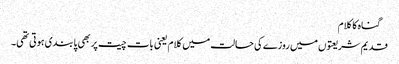
 گناہ کا کلام
قدیم شریعتوں میں روزے کی حالت میں کلام یعنی بات چیت پر بھی پابندی ہوتی تھی۔